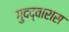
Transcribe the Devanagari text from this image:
गुदद्वारास